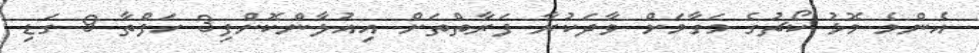
އެންމެ މޮޅު ކޯޗުގެ މަގާމަށް ވާދަކުރާ ފަރާތްތަށް އިއުލާންކޮށްފި3 ހަފްތާ 9 ގަޑި